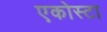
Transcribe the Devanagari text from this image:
एकोस्टा